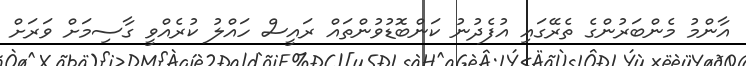
އާންމު މެންބަރުންގެ ތެރޭގައި އުފެދުނު ކަންބޮޑުވުންތައް ރައީސް ހައްލު ކުރެއްވީ ގާސިމަށް ވަރަށް